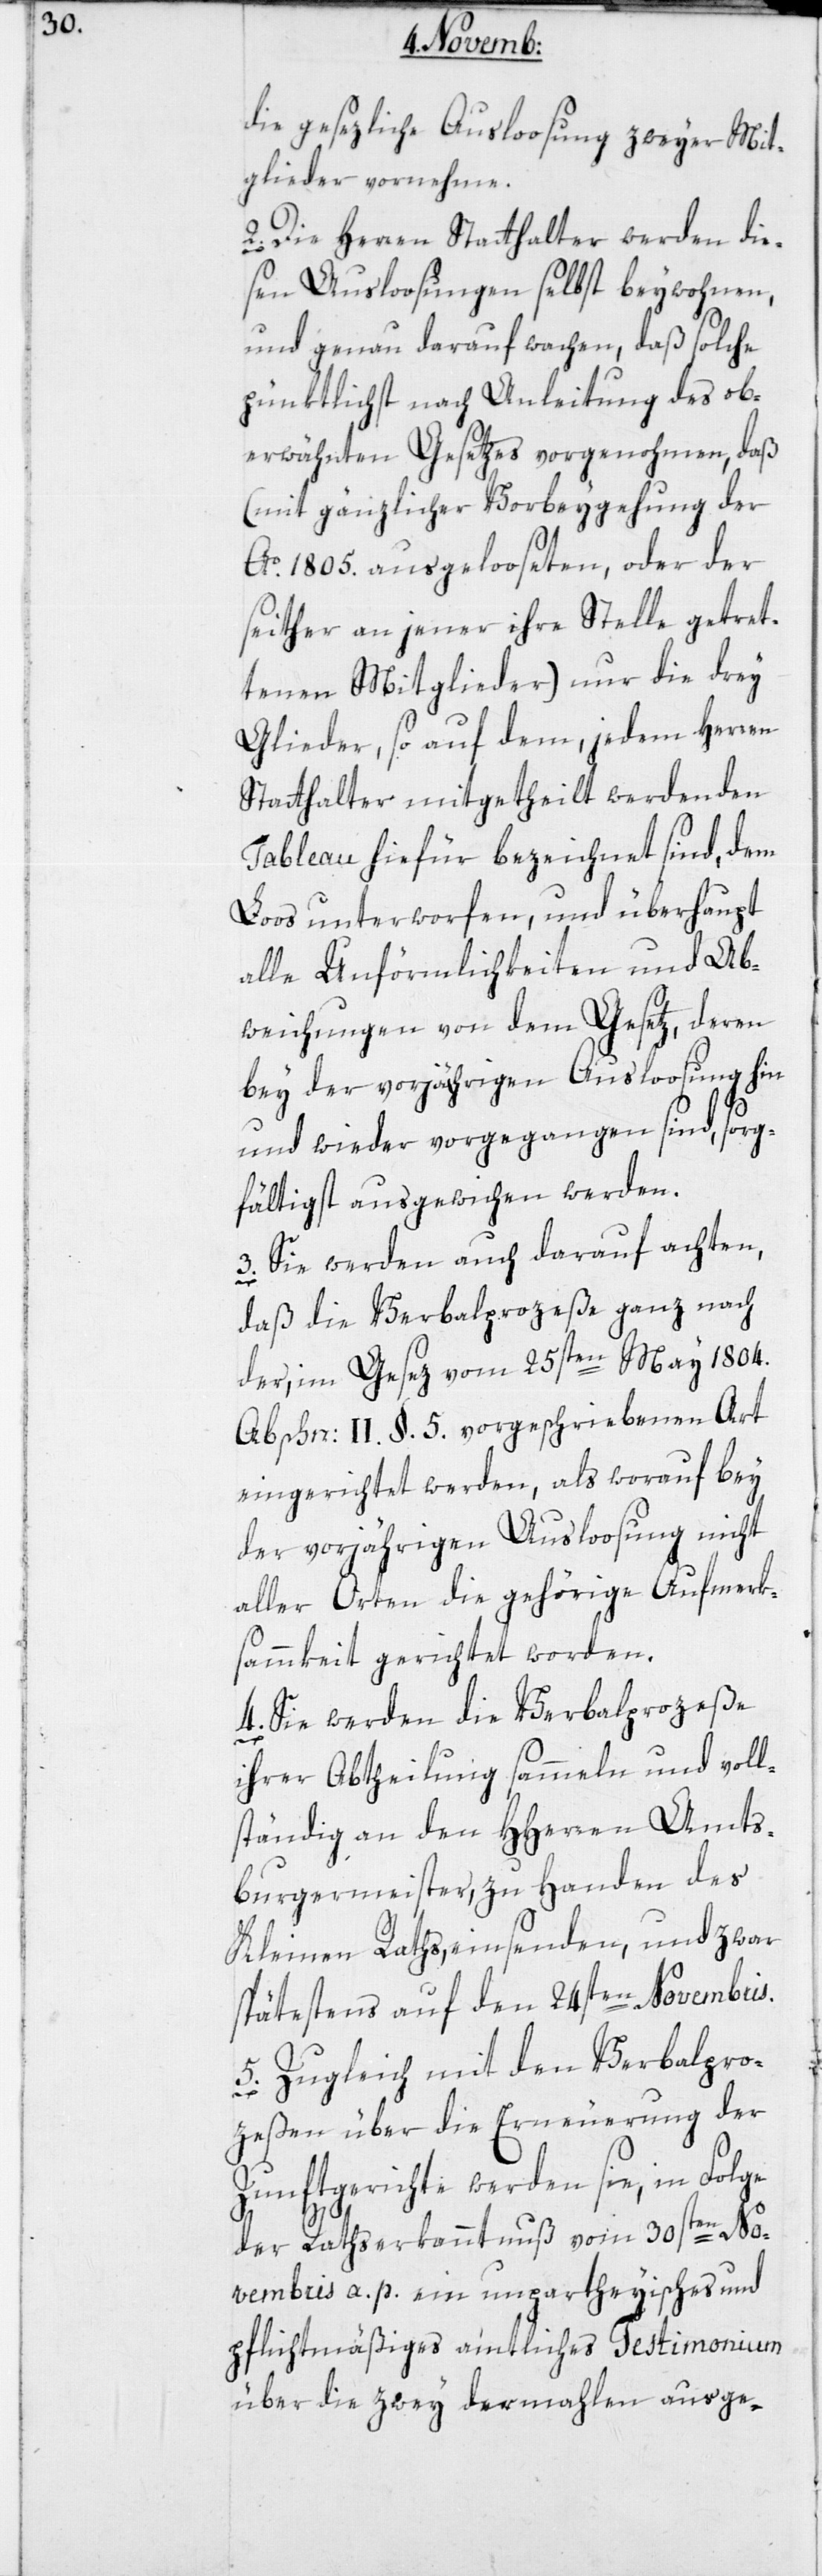
die gesezliche Ausloosung zweyer Mit¬
glieder vornehme.
2. Die Herren Statthalter werden die¬
sen Ausloosungen selbst beywohnen,
und genau darauf wachen, daß solche
pünktlichst nach Anleitung des ob¬
erwähnten Gesetzes vorgenohmen, daß
(mit gänzlicher Vorbeygehung der
Ao. 1805. ausgelooseten, oder der
seither an jener ihre Stelle getre¬
tenen Mitglieder) nur die drey
Glieder, so auf dem, jedem Herren
Statthalter mitgetheilt werdenden
Tableau hiefür bezeichnet sind, dem
Loos unterworfen, und überhaupt
alle Unförmlichkeiten und Ab¬
weichungen von dem Gesetz, deren
bey der vorjährigen Ausloosung hin
und wieder vorgegangen sind, sorg¬
fältigst ausgewichen werden.
darauf
daß die Verbalprozeße ganz nach
der, im Gesetz vom 25sten May 1804.
Abschn. II §. 5. vorgeschriebenen Art
eingerichtet werden, als worauf bey
der vorjährigen Auslosung nicht
aller Orten die gehörige Aufmerk¬
samkeit gerichtet worden.
4. Sie werden die Verbalprozeße
ihrer Abtheilung sammeln und voll¬
ständig an den HHerren Amts¬
burgermeister zu Handen des
Kleinen Raths einsenden, und zwar
spätestens auf den 24sten Novembris.
5. Zugleich mit den Verbalpro¬
zeßen üder die Erneuerung der
Zunftgerichte werden sie, in Folge
der Rathserkanntnuß vom 30sten No¬
vembris a. p. ein unpartheyisches und
pflichtmäßiges amtliches Testimonium
über die zwey dermahlen ausge-